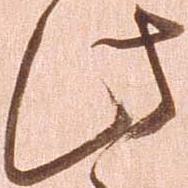
此